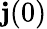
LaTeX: \mathbf{j}(0)